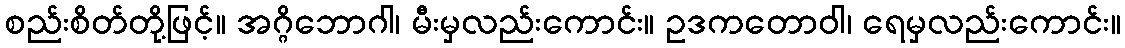
စည်းစိတ်တို့ဖြင့်။ အဂ္ဂိဘောဂါ၊ မီးမှလည်းကောင်း။ ဥဒကတောဝါ၊ ရေမှလည်းကောင်း။